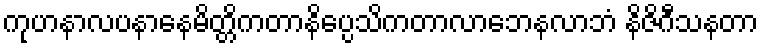
ကုဟနာလပနာနေမိတ္တိကတာနိပ္ပေသိကတာလာဘေနလာဘံ နိဇိဂီသနတာ